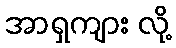
အာရှကျား လို့